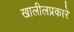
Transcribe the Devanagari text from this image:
खालीलप्रकारे